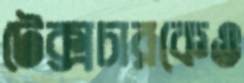
টেক্সচারকেও